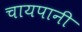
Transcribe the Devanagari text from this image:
चायपानी